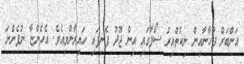
އަންބަރް ފާހާނާއިން ނިކުތްއިރު ސޯފާގައި އިން ޖޫދު ފެނިފައި ހައިރާންވިއެވެ. އެހެންޏާ ނުފެންނަ